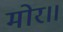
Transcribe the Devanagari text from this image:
मोर॥